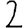
Digit: 2